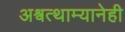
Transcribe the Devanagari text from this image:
अश्वत्थाम्यानेही